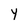
Character: Y